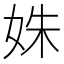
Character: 姝